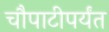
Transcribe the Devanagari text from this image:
चौपाटीपर्यंत